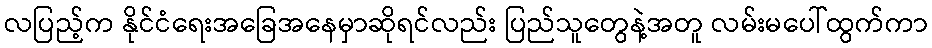
လပြည့်က နိုင်ငံရေးအခြေအနေမှာဆိုရင်လည်း ပြည်သူတွေနဲ့အတူ လမ်းမပေါ်ထွက်ကာ